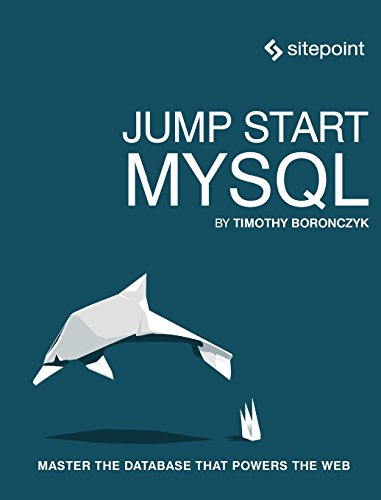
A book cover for Jump Start MySQL; Timothy Boronczyk; Computers & Technology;